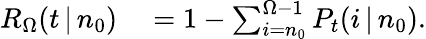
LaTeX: \begin{array}{rl}{R_{\Omega}(t\, |\, n_{0})}&{{}=1-\sum_{i=n_{0}}^{\Omega-1}P_{t}(i\, |\, n_{0}).}\end{array}